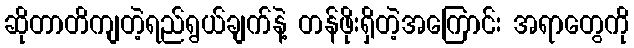
ဆိုတာတိကျတဲ့ရည်ရွယ်ချက်နဲ့ တန်ဖိုးရှိတဲ့အကြောင်း အရာတွေကို